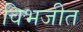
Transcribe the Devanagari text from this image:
विभजीत